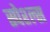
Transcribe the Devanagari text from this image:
स्पेश्ल्स